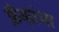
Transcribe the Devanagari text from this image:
फ्रँकांचा